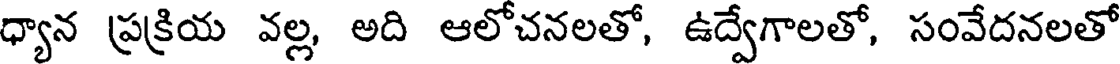
ధ్యాన ప్రక్రియ వల్ల, అది ఆలోచనలతో, ఉద్వేగాలతో, సంవేదనలతో